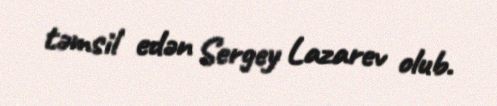
təmsil edən Sergey Lazarev olub.